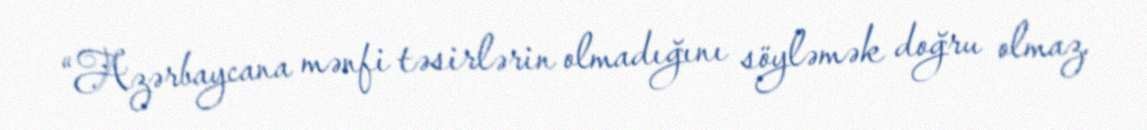
“Azərbaycana mənfi təsirlərin olmadığını söyləmək doğru olmaz.